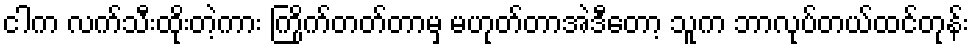
ငါက လက်သီးထိုးတဲ့ကား ကြိုက်တတ်တာမှ မဟုတ်တာအဲဒီတော့ သူက ဘာလုပ်တယ်ထင်တုန်း